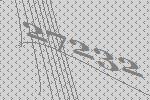
27232